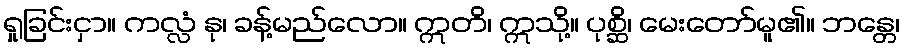
ရှုခြင်းငှာ။ ကလ္လံ နု၊ ခန့်မည်လော။ ဣတိ၊ ဣသို့။ ပုစ္ဆိ၊ မေးတော်မူ၏။ ဘန္တေ၊